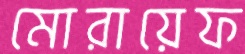
মোরায়েফ